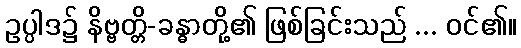
ဥပ္ပါဒ၌ နိဗ္ဗတ္တိ-ခန္ဓာတို့၏ ဖြစ်ခြင်းသည် ... ဝင်၏။